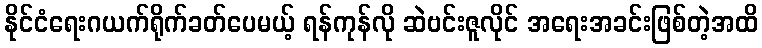
နိုင်ငံရေးဂယက်ရိုက်ခတ်ပေမယ့် ရန်ကုန်လို ဆဲဗင်းဇူလိုင် အရေးအခင်းဖြစ်တဲ့အထိ